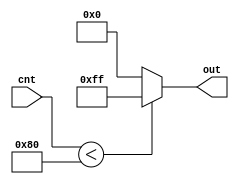
module GenSquareWave(
    input [7:0] cnt,
    output reg [7:0] out
);
    always @(cnt) begin
        if (cnt < 8'd128) out = 8'd255;
        else out = 8'd0;
    end
endmodule